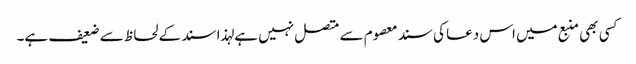
کسی بھی منبع میں اس دعا کی سند معصوم سے متصل نہیں ہے لہذا سند کے لحاظ سے ضعیف ہے۔